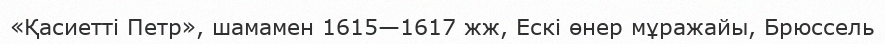
«Қасиетті Петр», шамамен 1615—1617 жж, Ескі өнер мұражайы, Брюссель